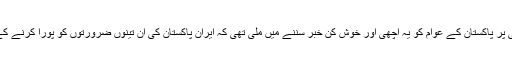
ایران سے واپسی پر پاکستان کے عوام کو یہ اچھی اور خوش کن خبر سننے میں ملی تھی کہ ایران پاکستان کی ان تینوں ضرورتوں کو پورا کرنے کے لئے تیار ہے۔